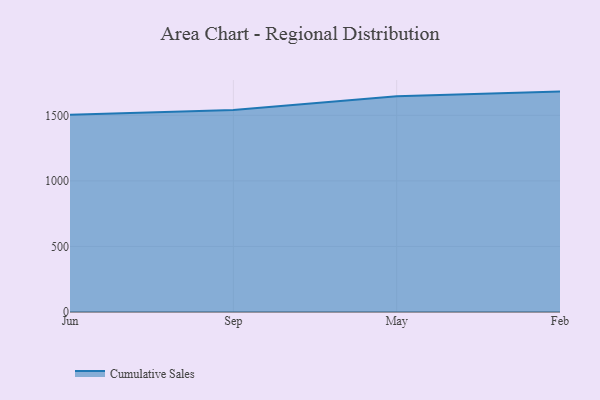
{"axis": {"x": "Month", "y": "Revenue (USD Million)"}, "legend": ["Cumulative Sales"], "data": [{"x": "Jun", "y": 1505.1, "type": "Cumulative Sales"}, {"x": "Sep", "y": 1539.7, "type": "Cumulative Sales"}, {"x": "May", "y": 1644.9, "type": "Cumulative Sales"}, {"x": "Feb", "y": 1680.8, "type": "Cumulative Sales"}]}